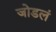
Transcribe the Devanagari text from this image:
जोडलं